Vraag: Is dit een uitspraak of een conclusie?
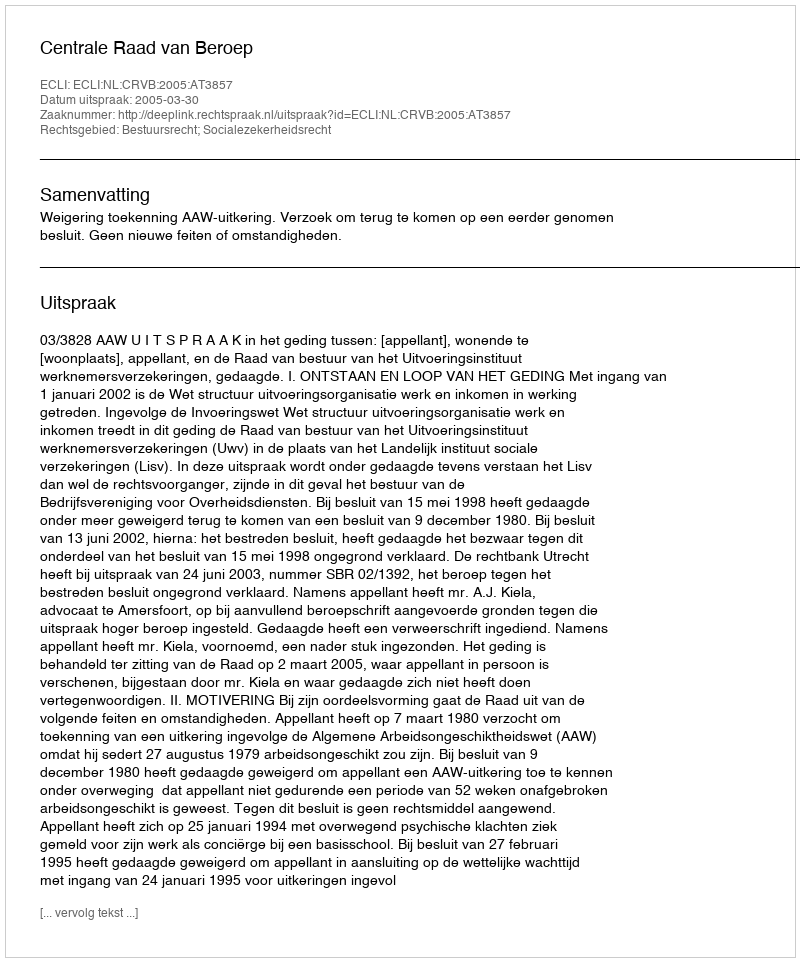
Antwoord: Uitspraak